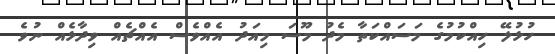
ހުޅުލޭ ހިއްކުމުގެ މަސައްކަތާ މެދު މޫސަ މިއަދު އެއްވެސް އެއްޗެއް ވިދާޅެއް ނުވެ